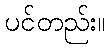
ပင်တည်း။